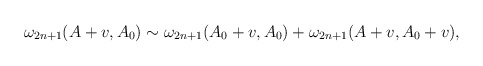
\begin{align*}\omega _{2n+1}(A+v,A_0) \sim \omega _{2n+1}(A_0+v,A_0)+\omega _{2n+1}(A+v,A_0+v),\end{align*}